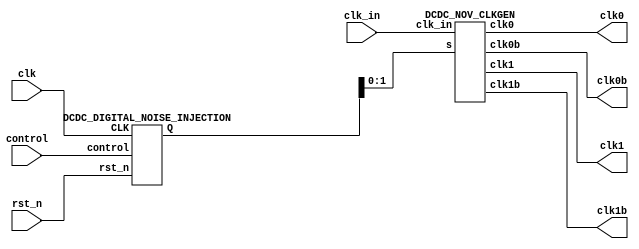
// NON_CLK_GEN
module NON_CLK_GEN(
  input clk,
  input clk_in,
  input rst_n,
  input control,
  output clk0, clk0b, clk1, clk1b
);
wire [3:0] Q;
DCDC_NOV_CLKGEN u_DCDC_NOV_CLKGEN (
    .clk_in(clk_in),
    .s (Q[1:0]), // two bits to select the dead time
    .clk0(clk0),
    .clk0b(clk0b),
    .clk1(clk1),
    .clk1b(clk1b)
);

//DCDE_DIGITAL_NOISE_INJECTION
DCDC_DIGITAL_NOISE_INJECTION u_DCDC_DIGITAL_NOISE_INJECTION(
  .CLK(clk),
  .rst_n(rst_n),
  .control(control),
  .Q(Q)
);
endmodule

//noise injection
module DCDC_DIGITAL_NOISE_INJECTION(
    input CLK, rst_n, control, output [3:0] Q
);
wire Q_internal;
NON_CLK_NOISE_LFSR2 LFSR2(.CLK(CLK), .rst_n(rst_n), .control(control), .Q_internal(Q_internal));
NON_CLK_NOISE_LFSR1 LFSR1(.CLK(CLK), .rst_n(rst_n), .Q_internal(Q_internal), .Q(Q));
endmodule

//the second LFSR - 6bit LFSR
module NON_CLK_NOISE_LFSR2(
    input CLK, rst_n, control, output Q_internal
);
reg [5:0] Q;
wire OUT, XOR1_OUT;
//asynchronous reset->1 negedge D flip-flop
always@(posedge CLK or negedge rst_n) begin
    if(!rst_n) begin
    Q[0]<=1'b1;
    Q[1]<=1'b1;
    Q[2]<=1'b1;
    Q[3]<=1'b1;
    Q[4]<=1'b1;
    Q[5]<=1'b1; // ensure the LFSR won't go into '000000'
    end
    else begin
    Q[0]<=Q[1];
    Q[1]<=Q[2];
    Q[2]<=Q[3];
    Q[3]<=Q[4];
    Q[4]<=Q[5];
    Q[5]<=Q_internal;
    end
end
//The XOR
xor xor1 (XOR1_OUT, Q[0], Q[5]);
xor xor2 (Q_internal, control, XOR1_OUT);
endmodule

// the first LFSR - 5bit LFSR
module NON_CLK_NOISE_LFSR1(
    input CLK, rst_n, Q_internal, output reg [3:0] Q
);
reg Q4;
wire D;
//asynchronous reset->1 negedge D flip-flop
always@(posedge CLK or negedge rst_n) begin
    if(!rst_n) begin
    Q[0]<=1'b1;
    Q[1]<=1'b1;
    Q[2]<=1'b1;
    Q[3]<=1'b1;
    Q4<=1'b1; // ensure the LFSR won't go into '00000'
    end
    else begin
    Q[0]<=Q[1];
    Q[1]<=Q[2];
    Q[2]<=Q[3];
    Q[3]<=Q4;
    Q4<=D;
    end
end
//The XOR
xor xor1 (D, Q_internal, Q[0]);
endmodule

//define non_overlap clock generator
module DCDC_NOV_CLKGEN (
    input [1:0] s, input clk_in, output clk0, clk0b, clk1, clk1b
);
    wire [7:0] clk_in1;
    wire nandout1, nandout2;
    wire norout1, norout2;

    //clk buffer
    DCDC_BUFFER b1(clk_in1[0], clk_in);

    //add delay - deside the interval delay time,N inverter
    genvar i;
    generate
    for (i=0; i<7; i=i+1) begin
    DCDC_BUFFER b(clk_in1[i+1], clk_in1[i]);
    end
    endgenerate

	wire out1, out2, out3, out4, clk_in9;

    //adjust delay element
    inverterchain_4 inverterchain_4(.in(clk_in1[7]), .out1(out1), .out2(out2), .out3(out3), .out4(out4));
    MUX4 mux4(.y(clk_in9), .a(out1), .b(out2), .c(out3), .d(out4), .s(s));

    //output clk0, clk0b
	nand nand1(nandout1, clk_in1[0], clk_in9);
	not not1(nandout2, nandout1);
	not not2(clk0b, nandout2);
	DCDC_BUFFER buf1(clk0, nandout2);

	//output clk1, clk1b
	nor nor1(norout1, clk_in1[0], clk_in9);
	not not3(norout2, norout1);
	not not4(clk1, norout2);
    	DCDC_BUFFER buf2(clk1b, norout2);
endmodule

//MUX 4:1
module MUX4 (output reg y, input a,b,c,d, input [1:0] s);
always@(*) begin
if(s[0])
    if(s[1])
        y=d;
    else
        y=c;
else
    if(s[1])
        y=b;
    else
        y=a;
end
endmodule


//4 Delay inverter chain
module inverterchain_4 (input in, output out1, out2, out3, out4);

	wire out2_0, out3_0, out4_0;
	wire out3_1, out4_1;
	wire out4_2;

	DCDC_BUFFER b1(out1, in);
	DCDC_BUFFER b2(out2_0, in), b3(out2, out2_0);
	DCDC_BUFFER b4(out3_0, in), b5(out3_1, out3_0), b6(out3, out3_1);
	DCDC_BUFFER b7(out4_0, in), b8(out4_1, out4_0), b9(out4_2, out4_1), b10(out4, out4_2);
endmodule

module DCDC_BUFFER(
    output out, input in
);
wire out1;

	not u_DCDC_INVERTER1(out1, in);

	not u_DCDC_INVERTER2(out, out1);
endmodule